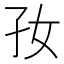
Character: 𡥃